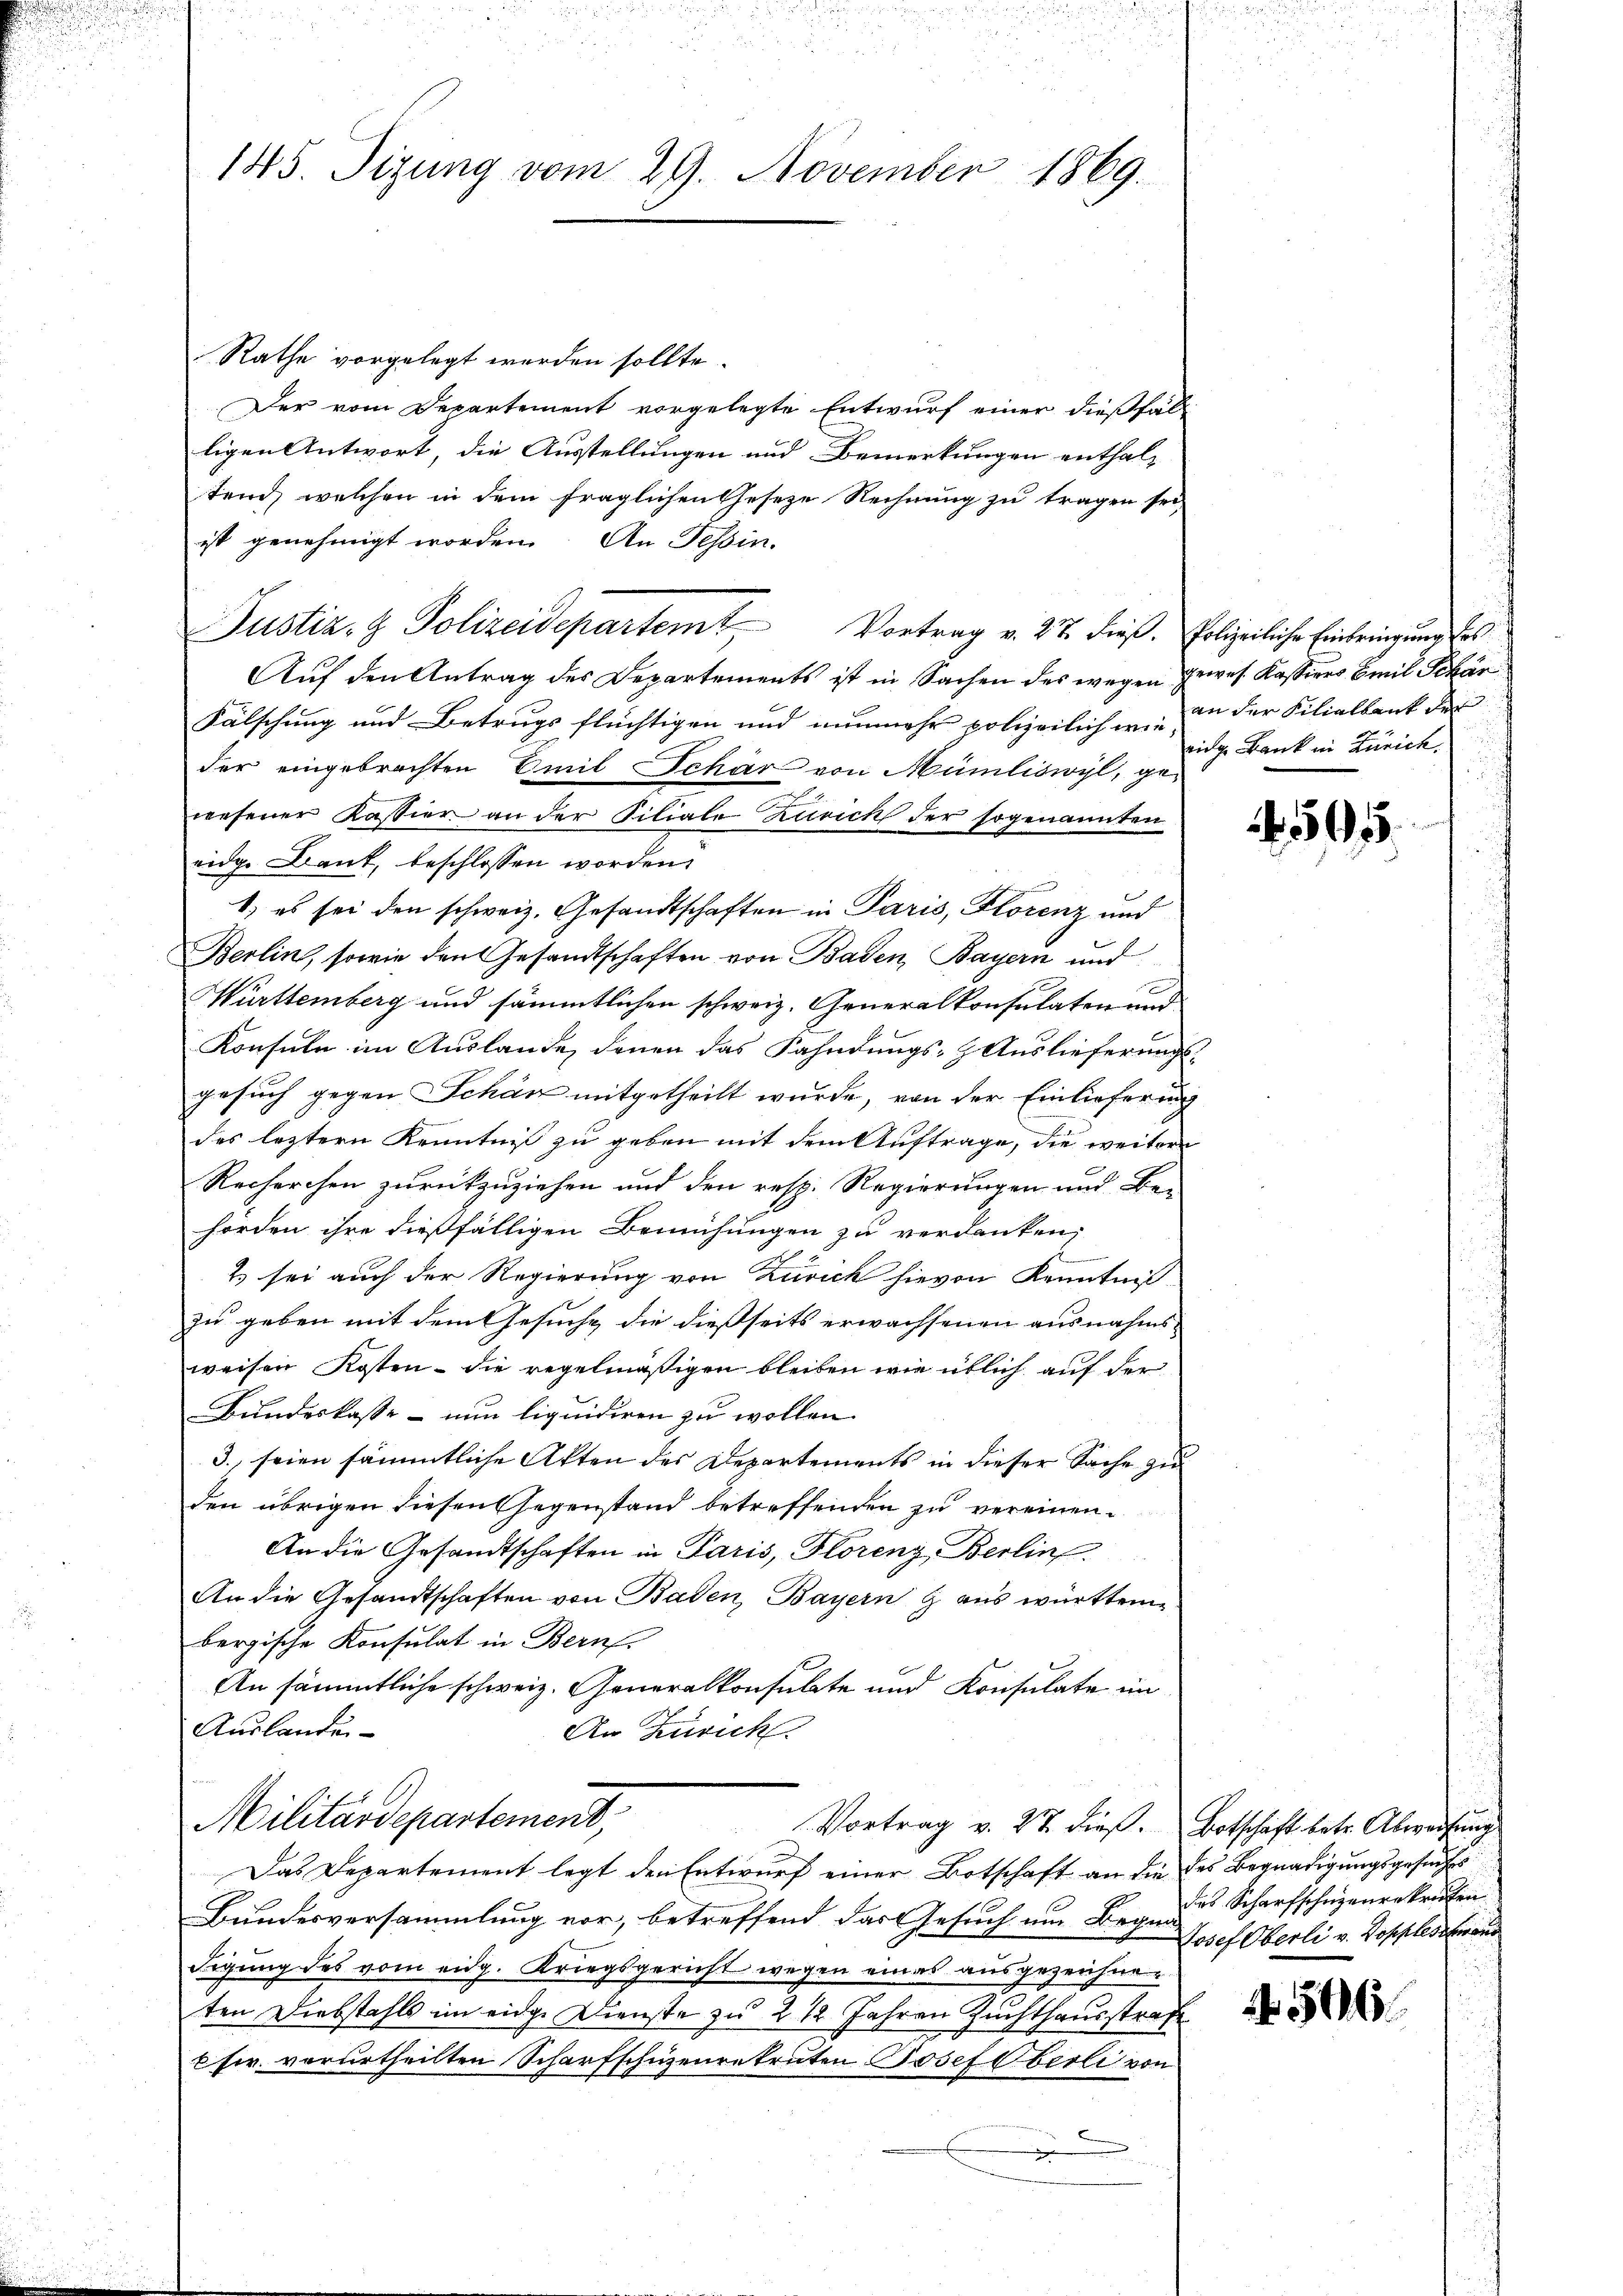
145. Sizung vom 29. November 1869.

Rathe vorgelegt werden sollte.
Der vom Departement vorgelegte Entwurf einer dießfal
ligen Antwort, die Ausstellungen und Bemerkungen enthal-
ten, welchen in dem fraglichen Geseze Rechnung zu tragen sei,
ist genehmigt worden. An Tessin.
Justiz- & Polizeidepartem Vortrag v. 27. dieß. Polizeiliche Einbringung des
Auf den Antrag des Departements ist in Sachen des wegen gewes Kassiers Emil Schär¬
Fälschung und Betrugs flüchtigen und nunmehr polizeilichen an der Filialbank der
der eingebrachten Emil Schär von Mümliswyl, gewesener Kassier an der Filiale Zürich der sogenannten
eidg. Bank, beschlossen worden.
1.) es sei den schweiz. Gesandtschaften in Paris, Florenz und
Berlin, sowie den Gesandtschaften von Baden, Bayern und
Mürttemberg und sämmtlichen schweiz. Generalkonsulaten und
Konsuln im Auslande, denen das Fahndungs-Auslieferungsgesuch gegen Schär mitgetheilt wurde, von der Einlieferung
des leztern Kenntniß zu geben mit dem Auftrage, die weitere
Recherchen zurückzuziehen und den resp. Regierungen und Be-
horden ihre dießfälligen Bemühungen zu verdanken,
2) sei auch der Regierung von Zürich hievon Kenntniß
zu geben mit dem Gesuche die dießseits erwachsenen ausnahmsweisen Kosten - die regelmäßigen bleiben wie üblich auf der
Bundeskasse - nun liquidiren zu wollen.
3. seien sämmtliche Akten des Departements in dieser Sache zu
den übrigen diesen Gegenstand betreffenden zu vereinen.
An die Gesandtschaften in Paris, Florenz Berlin.
An die Gesandtschaften von Baden, Bayern & aus württem
bergische Konsulat in Bern.
An sämmtliche schweiz. Generalkonsulate und Konsulate im
Auslanden
An Zürich.
Militärdepartement,
Vortrag v. 27 dieß. Botschaft betr. Abweisung
Das Departement legt den Entwurf einer Botschaft an die des Begnadigungsgesuches
Bundesversammlung vor, betreffend das Gesuch um Beg. des Scharfschuzenrekruten
Figung des vom eidg. Kriegsgericht wegen eines ausgezeichneten Diebstahls im eidge Dienste zu 2 1/2 Jahren Zuchthausstrafe
 sr. verurtheilten Scharfschuzenrekruten Josef Oberli von
e
e

nitz Bank in Zürich

55.

Josef Oberli v. Dopplestand

4506